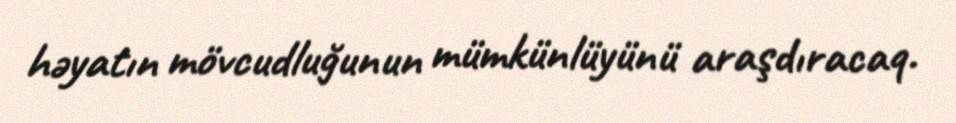
həyatın mövcudluğunun mümkünlüyünü araşdıracaq.